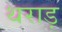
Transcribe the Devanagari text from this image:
थराड़